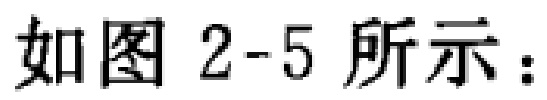
如图 2-5 所示：